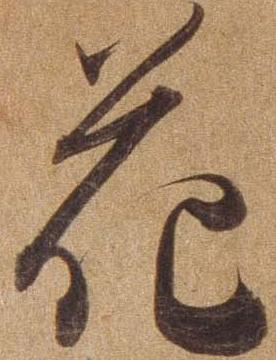
花